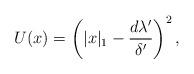
LaTeX: \begin{align*} U(x) = \left(|x|_1 - \frac{d\lambda'}{\delta'}\right)^2,\end{align*}